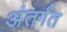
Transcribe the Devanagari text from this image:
अंतर्गंत